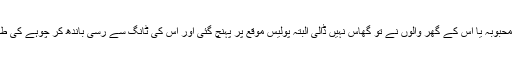
اس نوجوان کو بھی محبوبہ یا اس کے گھر والوں نے تو گھاس نہیں ڈالی البتہ پولیس موقع پر پہنچ گئی اور اس کی ٹانگ سے رسی باندھ کر چوہے کی طرح نیچے کھینچ لیا۔